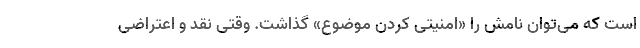
است که می‌توان نامش را «امنیتی کردن موضوع» گذاشت. وقتی نقد و اعتراضی